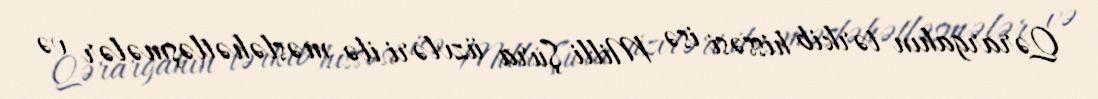
Qərargahın tərkib hissəsi isə Milli Şura üzvləri ilə məsləhətləşmələr və